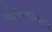
ઓઅળખાય